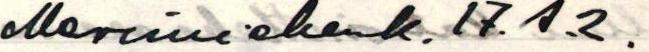
Merimiehenk. 17. A.2.